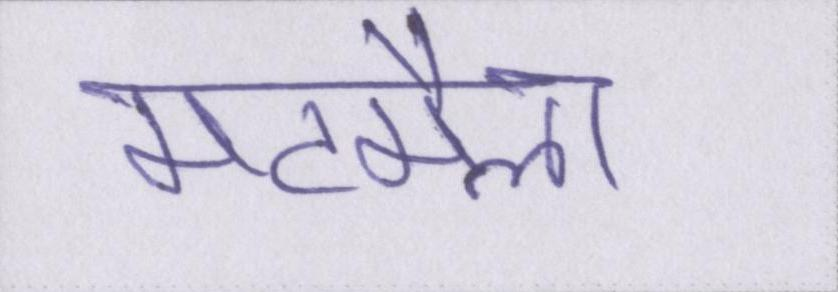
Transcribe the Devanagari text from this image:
मटमैला